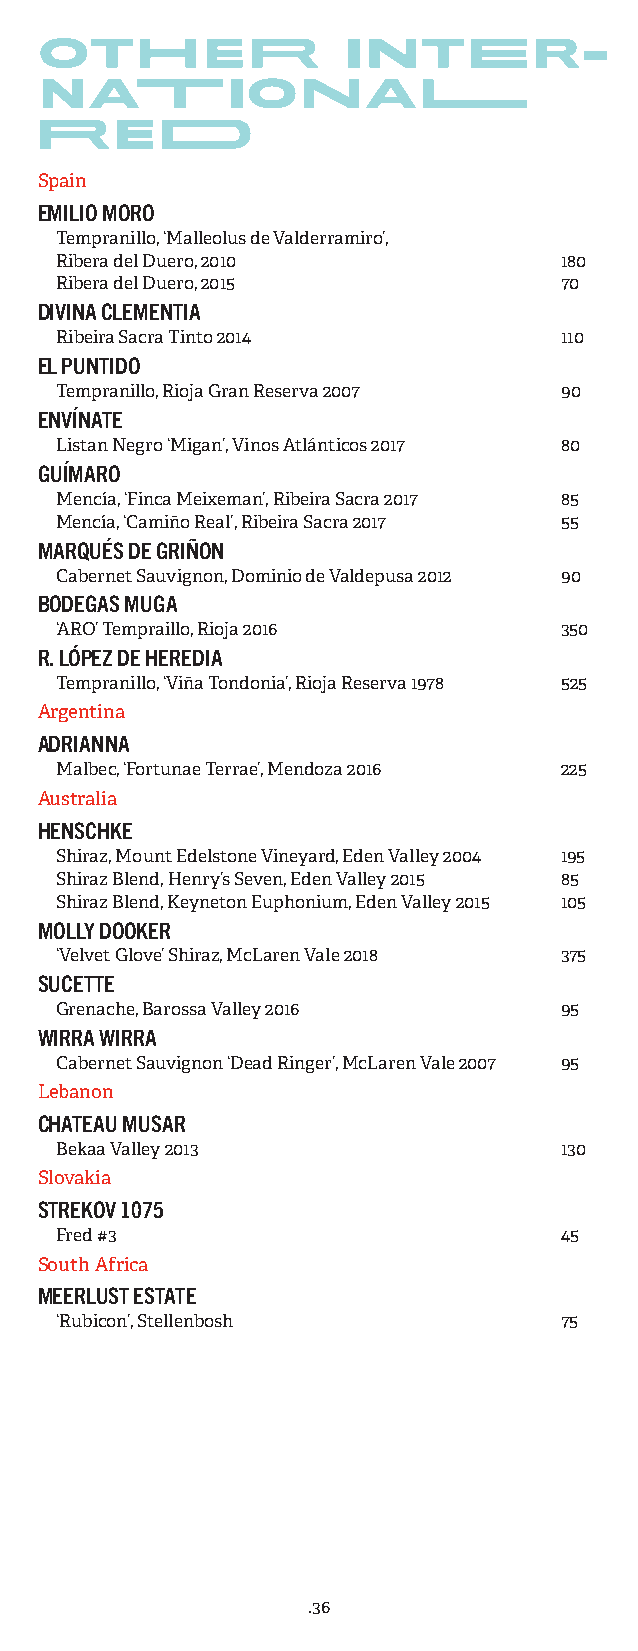
Spain
 EMILIO MORO
 Tempranillo, ‘Malleolus de Valderramiro’,
 Ribera del Duero, 2010           180
 Ribera del Duero, 2015           70
 DIVINA CLEMENTIA
 Ribeira Sacra Tinto 2014         110
 EL PUNTIDO
 Tempranillo, Rioja Gran Reserva 2007 90
 ENVÍNATE
 Listan Negro ‘Migan’, Vinos Atlánticos 2017 80
 GUÍMARO
 Mencía, ‘Finca Meixeman’, Ribeira Sacra 2017 85
 Mencía, ‘Camiño Real’, Ribeira Sacra 2017 55
 MARQUÉS DE GRIÑON
 Cabernet Sauvignon, Dominio de Valdepusa 2012 90
 BODEGAS MUGA
 ‘ARO’ Tempraillo, Rioja 2016     350
 R. LÓPEZ DE HEREDIA
 Tempranillo, ‘Viña Tondonia’, Rioja Reserva 1978 525
 Argentina
 ADRIANNA
 Malbec, ‘Fortunae Terrae’, Mendoza 2016 225
 Australia
 HENSCHKE
 Shiraz, Mount Edelstone Vineyard, Eden Valley 2004 195
 Shiraz Blend, Henry’s Seven, Eden Valley 2015 85
 Shiraz Blend, Keyneton Euphonium, Eden Valley 2015 105
 MOLLY DOOKER
 ‘Velvet Glove’ Shiraz, McLaren Vale 2018 375
 SUCETTE
 Grenache, Barossa Valley 2016    95
 WIRRA WIRRA
 Cabernet Sauvignon ‘Dead Ringer’, McLaren Vale 2007 95
 Lebanon
 CHATEAU MUSAR
 Bekaa Valley 2013                130
 Slovakia
 STREKOV 1075
 Fred #3                          45
 South Africa
 MEERLUST ESTATE
 ‘Rubicon’, Stellenbosh           75
 .36